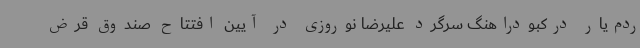
ردم‌یار درکبودراهنگ سرگرد علیرضا نوروزی در آیین افتتاح صندوق قرض